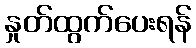
နှုတ်ထွက်ပေးရန်